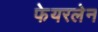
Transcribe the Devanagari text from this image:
फेयरलेन